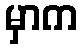
မှာက